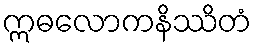
ဣဓလောကနိဿိတံ